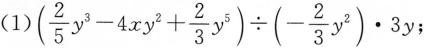
（1）$$(\frac{2}{5}y^{3}-4xy^{2}+ \frac{2}{3}y^{5})\div(- \frac{2}{3}y^{2})\cdot 3y;$$